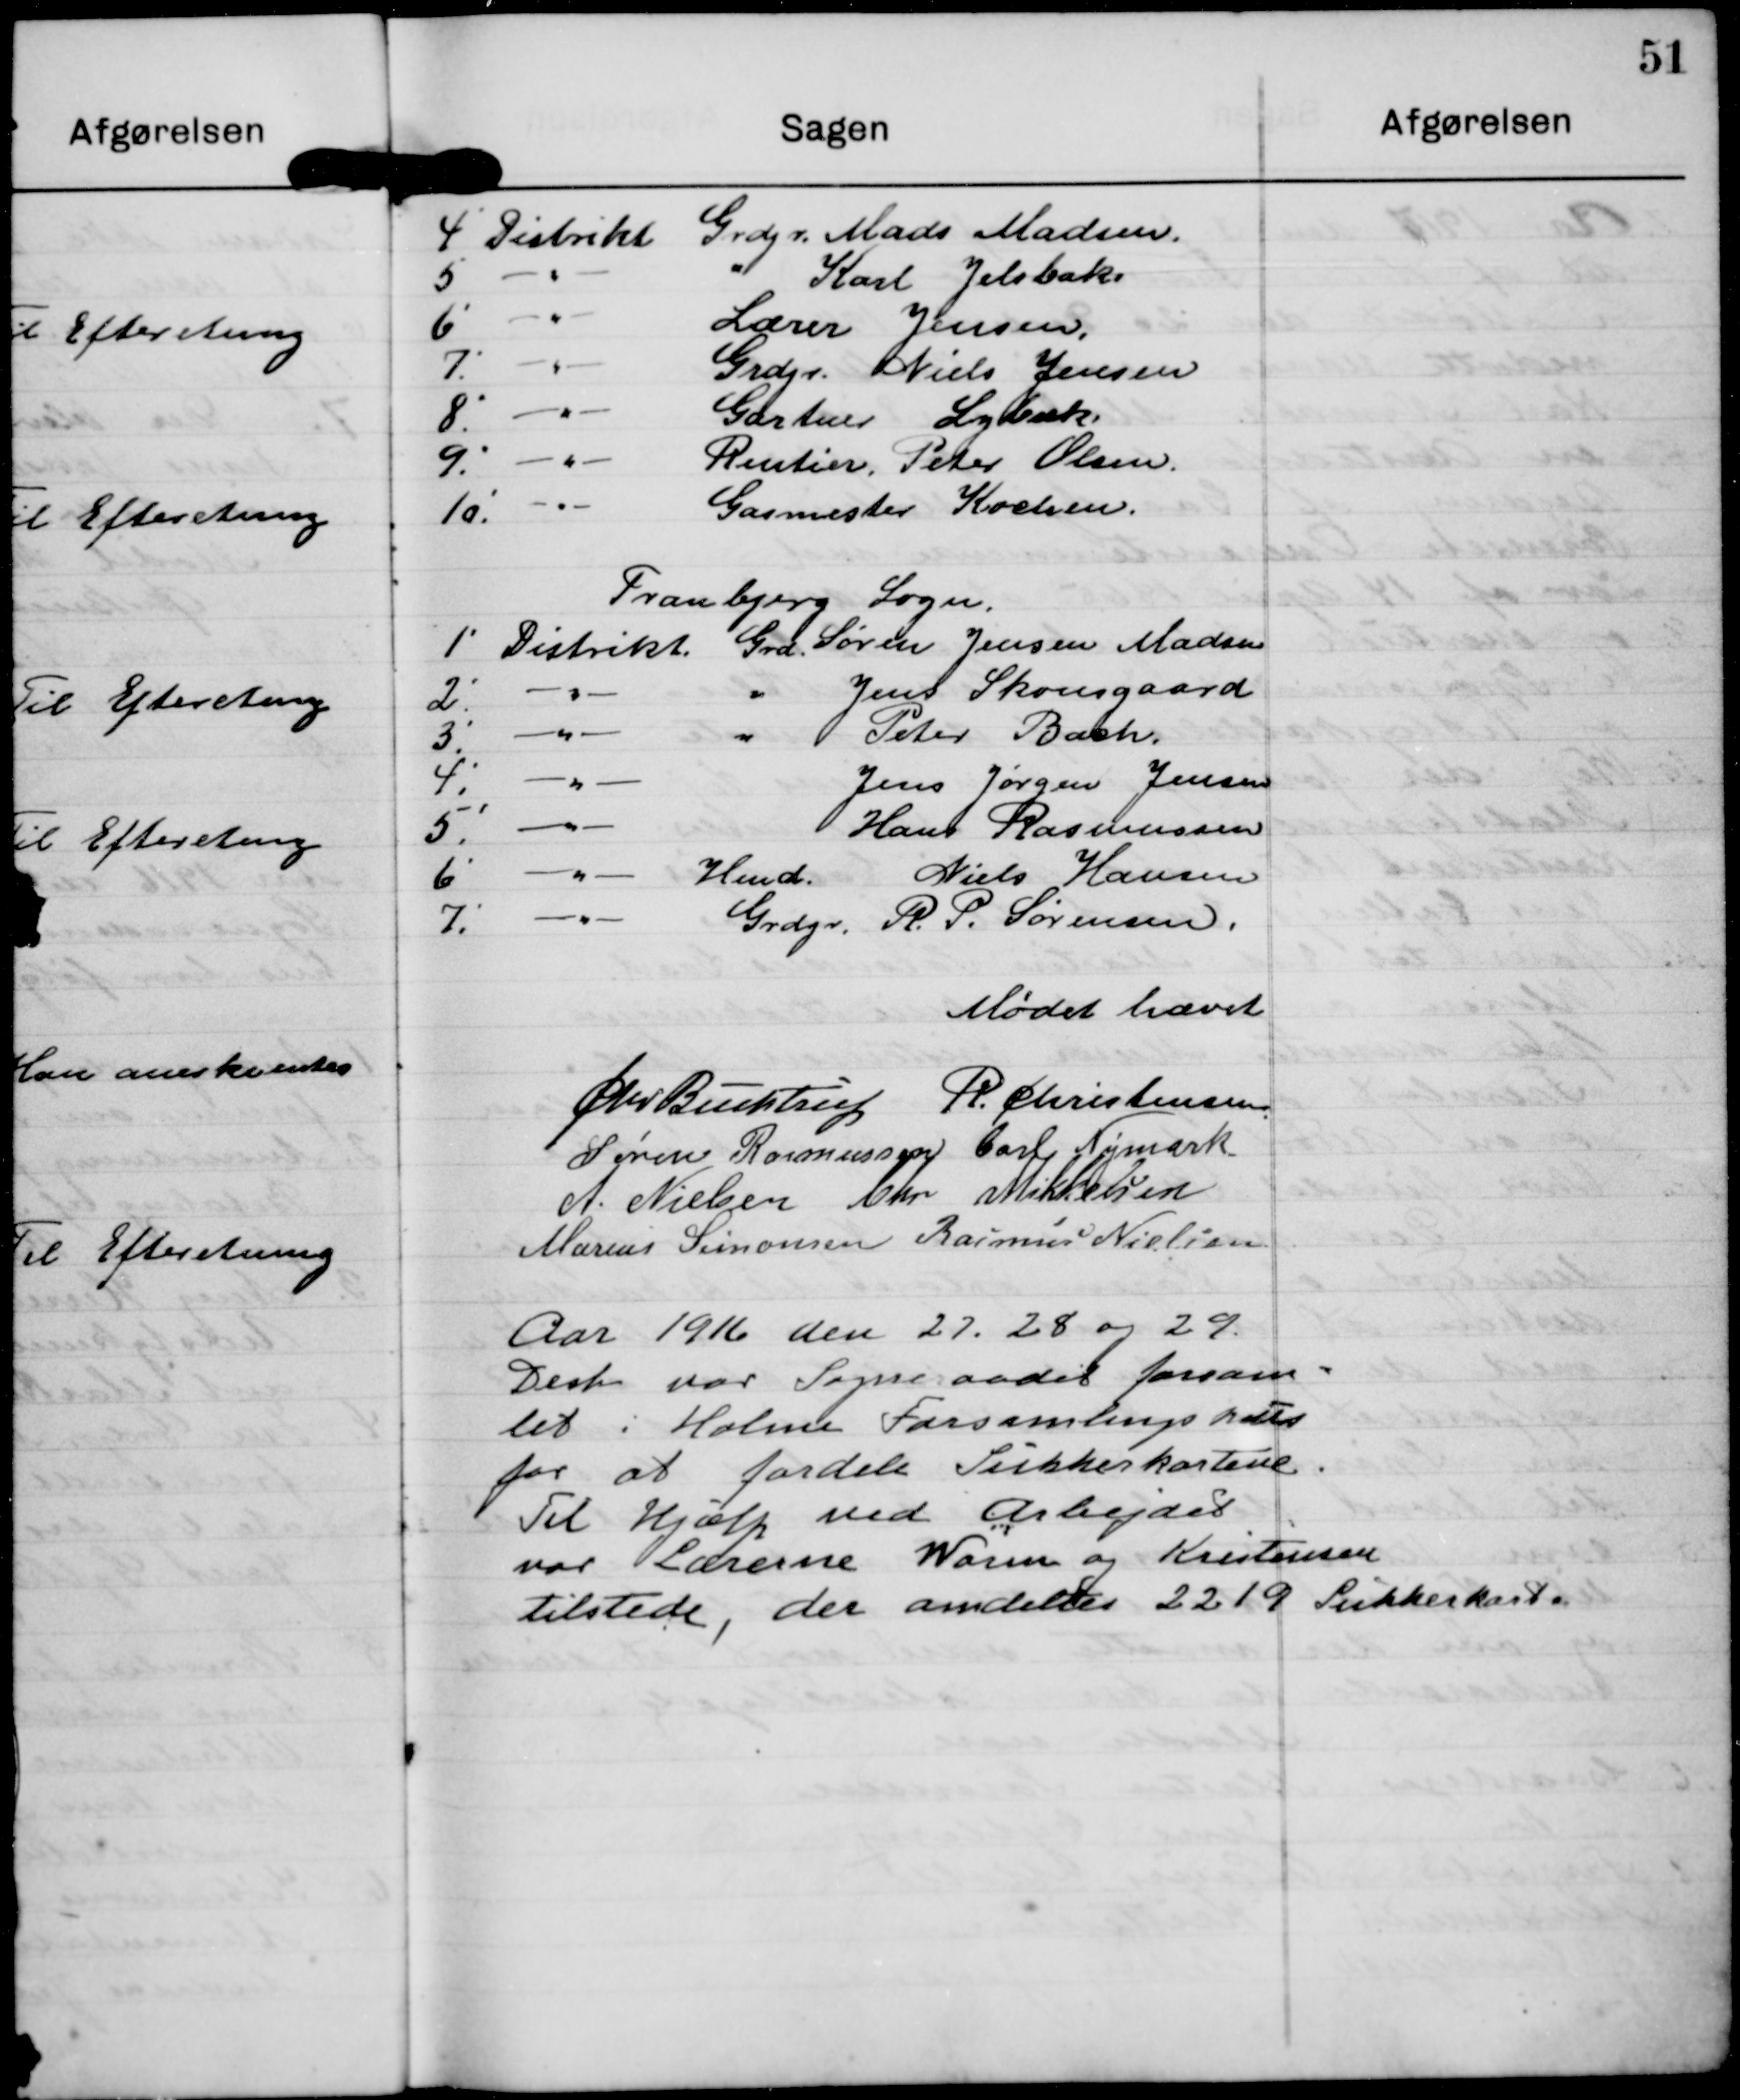
Transskription:
4' Distrikt Grdjr. Mads Madseen
5' -"- " Karl Jelsbak
6' -"- Lærer Jensen
7' -"- Grdjr. Niels Jensen
8' -"- Gartner Lybæk
9' -"- Rentier Peter Olsen
10' -"- Gasmester Kvolsen.

Tranbjerg Sogn
1' Distrikt Grd Søren Jensen Madsen
2' -"- " Jens Skousgaard
3' -"- " Peter Bach.
4' -"- Jens Jørgen Jensen
5' -"- Hans Rasmussen
6' -"- Hmd Niels Hansen
7' -"- Grdjr. R.P.Sørensen

Mødet hævet

Chr Buchtrup

R. Christensen

Søren Rasmussen

Carl Nymark

A. Nielsen

Chr Mikkelsen

Marius Simonsen

Rasmus Nielsen

Aar 1916 den 27. 28 og 29
Decb. var Sogneraadet forsam-
let i Holme Forsamlingshus
for at fordele Sukkerkortene.
Til Hjælp ved Arbejdet
var Lærerne Worm og Krisensen
tilstede, der omdeltes 2219 Sukkerkort.